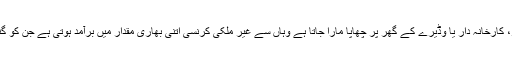
جس چوہدری، ملک، سردار، خان، زمیندار، مل اونر، کارخانہ دار یا وڈیرے کے گھر پر چھاپا مارا جاتا ہے وہاں سے غیر ملکی کرنسی اتنی بھاری مقدار میں برآمد ہوتی ہے جن کو گننے کیلئے کئی کئی مشینیں ہفتوں بھی گن نہیں پاتیں۔